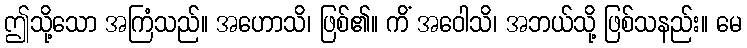
ဤသို့သော အကြံသည်။ အဟောသိ၊ ဖြစ်၏။ ကိံ အဝေါသိ၊ အဘယ်သို့ ဖြစ်သနည်း။ မေ